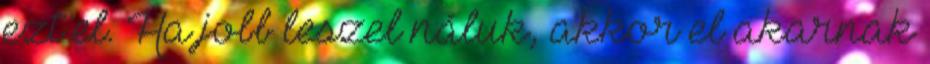
ezt el. Ha jobb leszel náluk, akkor el akarnak